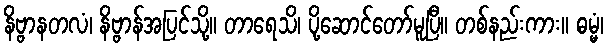
နိဗ္ဗာနတလံ၊ နိဗ္ဗာန်အပြင်သို့။ တာရေသိ၊ ပို့ဆောင်တော်မူပြီ။ တစ်နည်းကား။ ဓမ္မံ၊